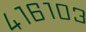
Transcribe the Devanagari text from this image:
४१६१०३